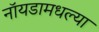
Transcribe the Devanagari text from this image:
नॉयडामधल्या